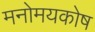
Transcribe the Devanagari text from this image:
मनोमयकोष